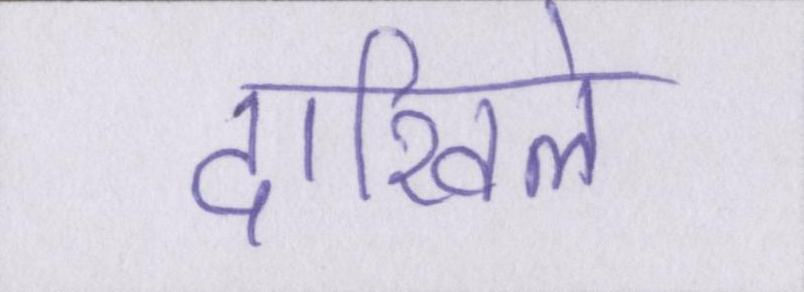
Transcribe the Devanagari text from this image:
दाखिले